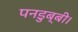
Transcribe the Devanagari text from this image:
पनडुब्‍बी।